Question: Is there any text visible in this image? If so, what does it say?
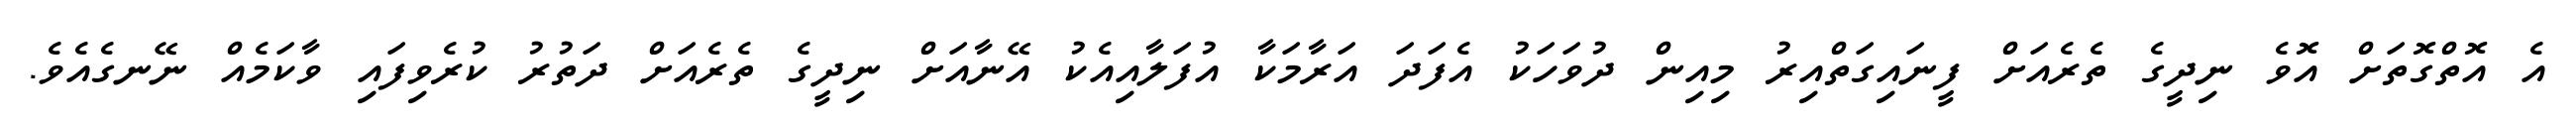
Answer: އެ އޮތްގޮތަށް އޮވެ ނިދީގެ ތެރެއަށް ފީނައިގަތްއިރު މިއިން ދުވަހަކު އެފަދަ އަރާމަކާ އުފަލާއިއެކު އޭނާއަށް ނިދީގެ ތެރެއަށް ދަތުރު ކުރެވިފައި ވާކަމެއް ނޭނގެއެވެ.